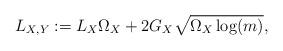
LaTeX: \begin{align*}L_{X,Y} := L_X \Omega_X + 2 G_X \sqrt{\Omega_X \log(m)},\end{align*}